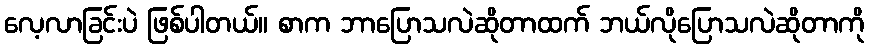
လေ့လာခြင်းပဲ ဖြစ်ပါတယ်။ စာက ဘာပြောသလဲဆိုတာထက် ဘယ်လိုပြောသလဲဆိုတာကို